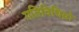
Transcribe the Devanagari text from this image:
गतिविधिय़ो